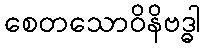
စေတသောဝိနိဗဒ္ဓါ